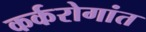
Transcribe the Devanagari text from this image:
कर्करोगांत